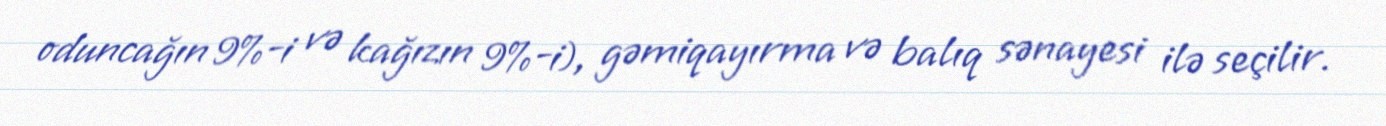
oduncağın 9%-i və kağızın 9%-i), gəmiqayırma və balıq sənayesi ilə seçilir.